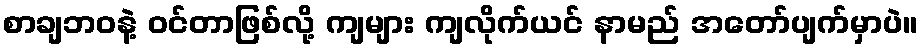
စာချဘဝနဲ့ ဝင်တာဖြစ်လို့ ကျများ ကျလိုက်ယင် နာမည် အတော်ပျက်မှာပဲ။